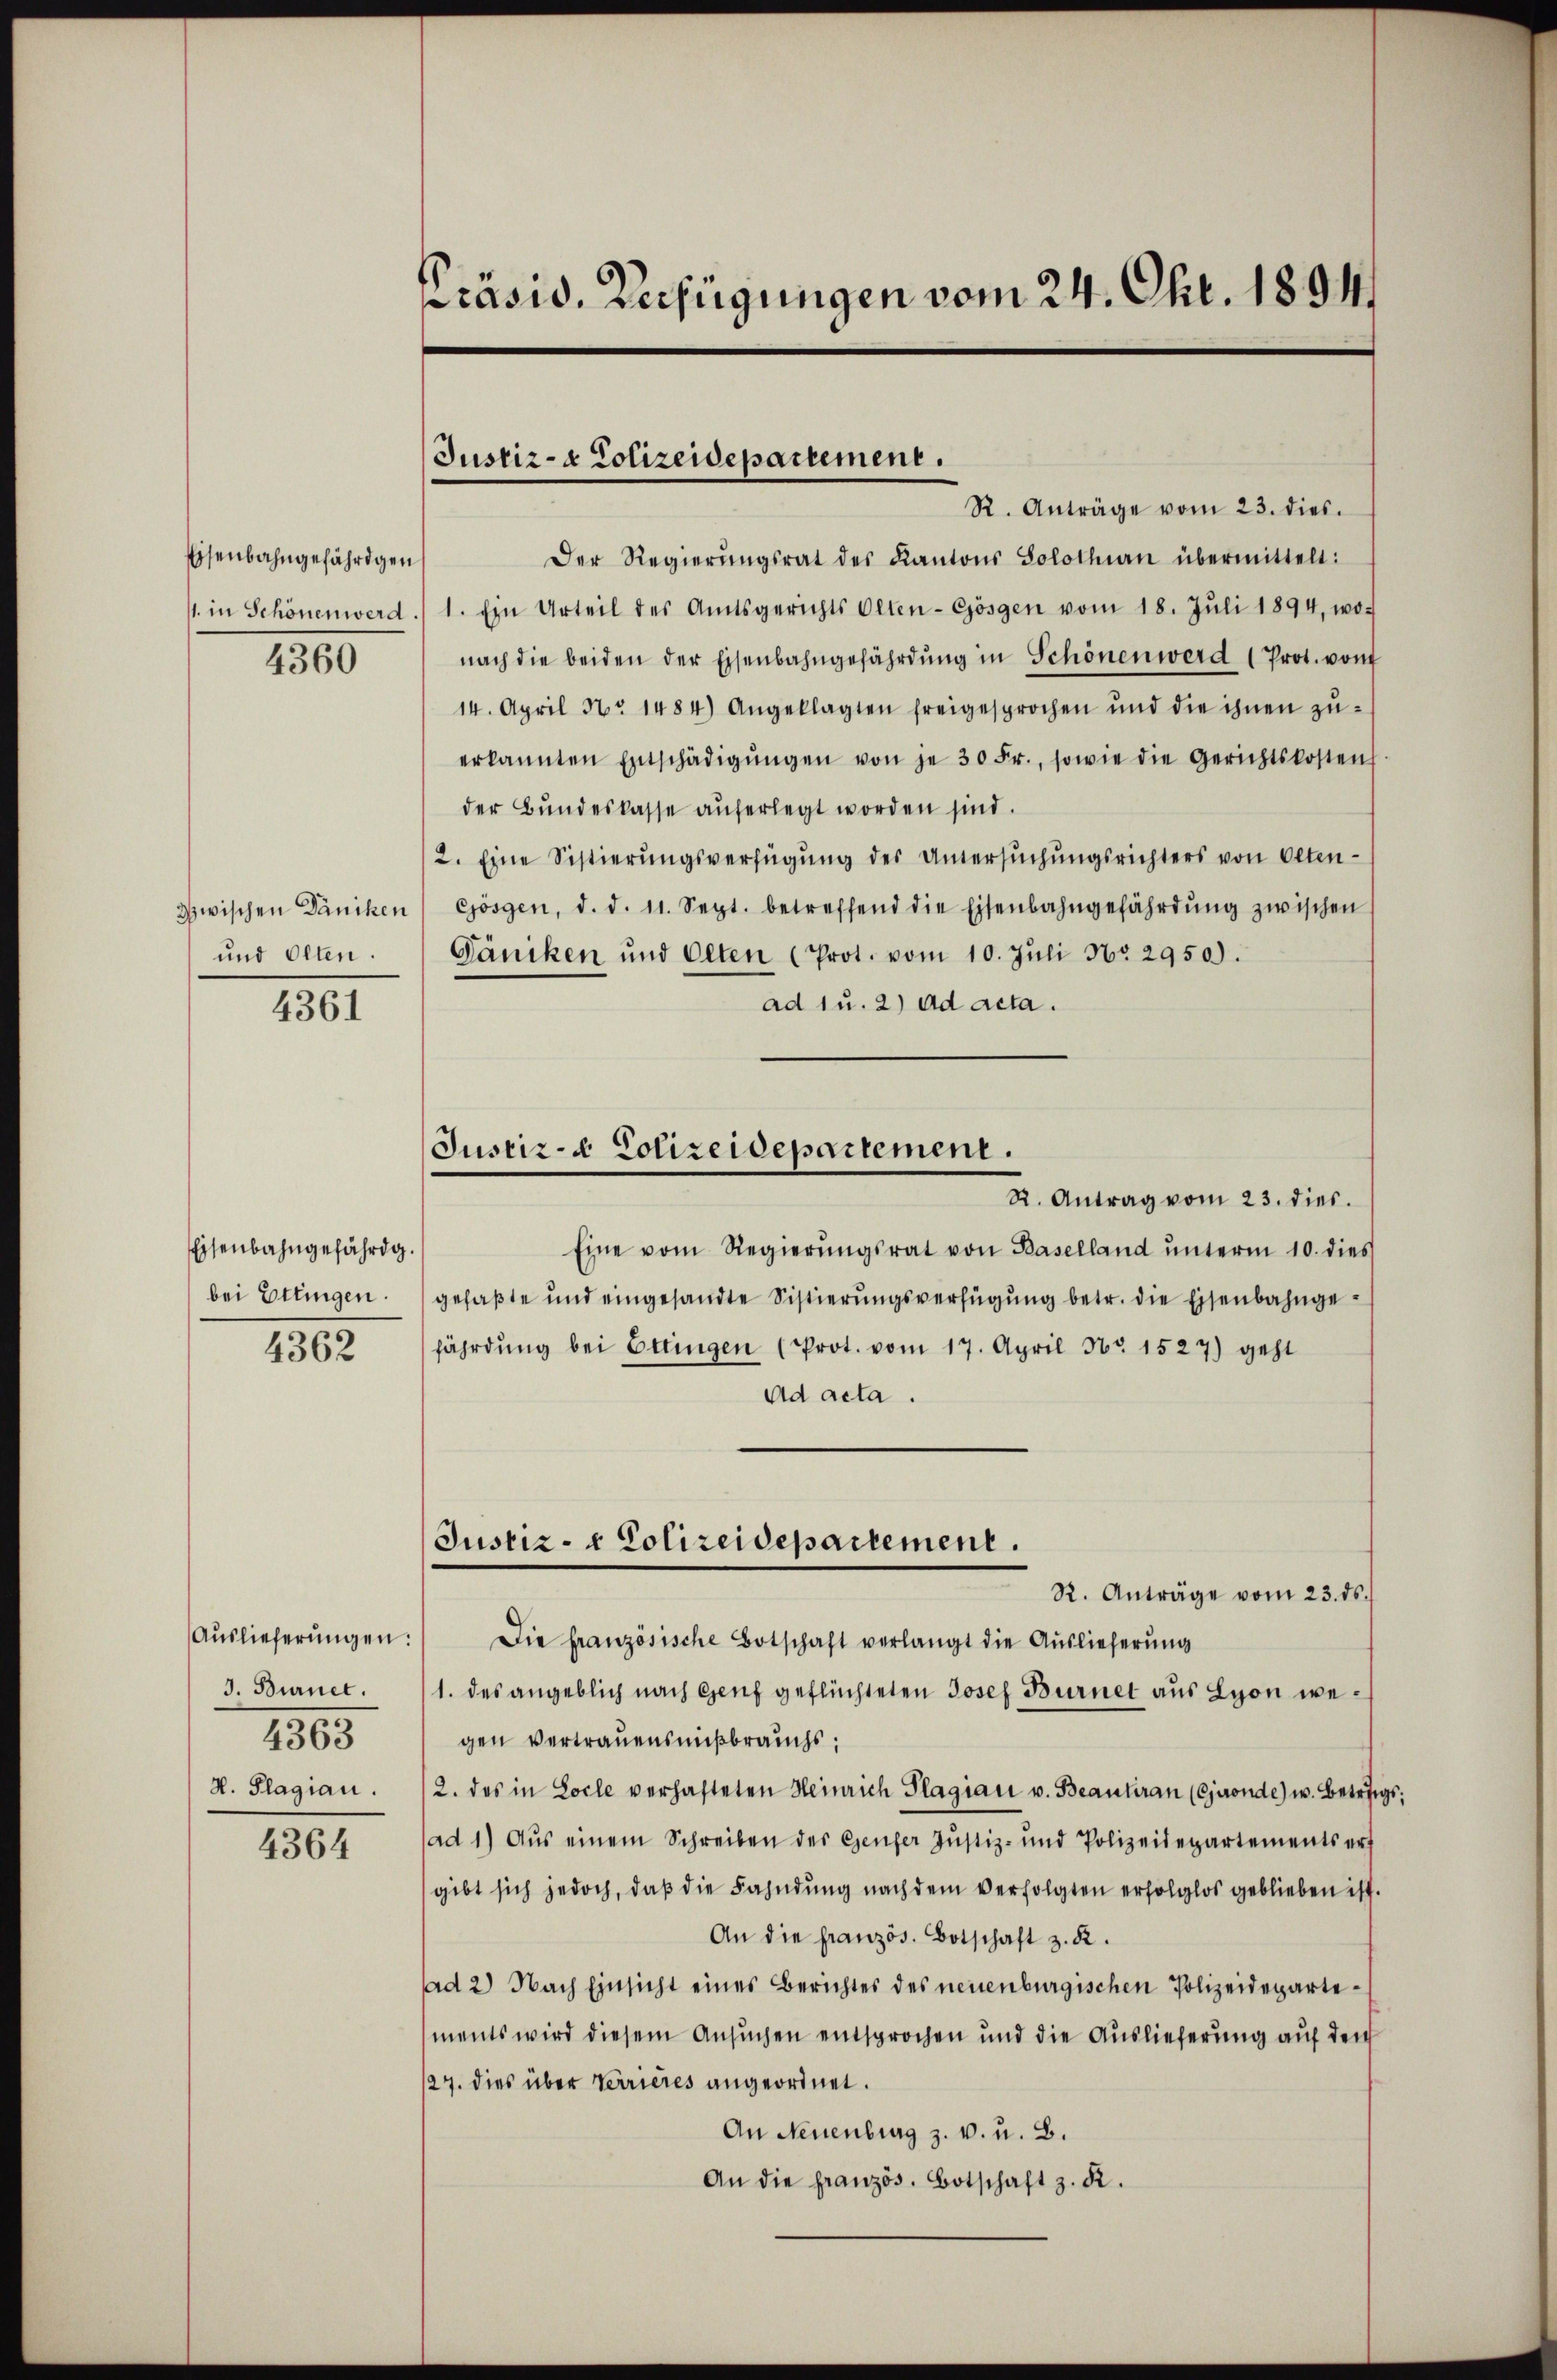
Eisenbahngefährigen
1. in Schönen werd
4360

zwischen Däniken
und Olten.
4361

Eisenbahngefährig.
bei Ettingen.

4362

Auslieferŭngen.
J. Burnet.
4363
H. Plagian.

4364

Präsid. Verfügungen vom 24. Okt. 1894.

Justiz- & Polizeidepartement.

R. Anträge vom 23. dies.
Der Regierŭngsrat des Kantons Solothurn übermittelt:
1. Ein Urteil des Amtsgerichts Olten-Gösgen vom 18. Jŭli 1894, wo-
nach die beiden der Eisenbahngefährdŭng in Schönen werd (Prot. von
14. April No 1484) Angeklagten freigesprochen und die ihnen zŭ-
erkannten Entschädigŭngen von je 30 Fr., sowie die Gerichtskostens
der Bŭndeskasse aŭferlegt worden sind.
2. Eine Sistierungsverfügung des Untersuchungsrichters von Olten¬
Gösgen, d. d. 11. Sept. betreffend die Eisenbahngefährdŭng zwischen
Gäncken und Olten (Prot. vom 10. Juli No 2950).
ad 1 u. 2) ad acta.
R. Antrag vom 23. dies.
Eine vom Regierŭngsrat von Baselland unterm 10. dies
gefaßte und eingesandte Sistierungsverfügung betr. die Eisenbahngefährdung bei Ettingen (Prot. vom 17. April Nr. 1527) geht
ad acta.
Justiz- & Polizeidepartement.
R. Anträge vom 23. ds.
Die französische Botschaft verlangt die Auslieferung
1. des angeblich nach Genf geflüchteten Josef Burnet aus Lyon wegen Vertrauensmißbrauchs,
2. das in Locle verhafteten Heinrich Plagiari u. Beantran (Cjaonde) u. Betriegsad 1) Aus einem Schreiben der Genfer Justiz- und Polizeidepartementsert
gibt sich jedoch, daβ die Fahndŭng nach dem verfolgten erfolglos geblieben ist.
An die französ. Botschaft z. B.
d 2) Nach Einsicht eines Berichtes des neuenburgischen Polizeidepartements wird diesem Ansuchen entsprochen und die Auslieferung auf den
27. dies über Verrieres angeordnet.
An Neuenburg z. v. u. B.
An die französ. Botschaft z. R.

Justiz- & Polizeidepartement.